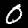
Digit: 0